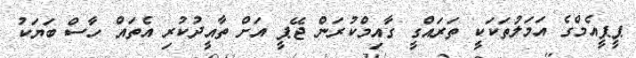
ޕީޕީއެމްގެ އަމަލުތަކަކީ ތަރައްގީ ގާއިމްކުރަން ޖޭޕީ އަށް ތާއީދުކުރި އެތައް ހާސް ބަޔަކު